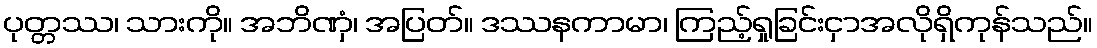
ပုတ္တဿ၊ သားကို။ အဘိဏှံ၊ အပြတ်။ ဒဿနကာမာ၊ ကြည့်ရှုခြင်းငှာအလိုရှိကုန်သည်။